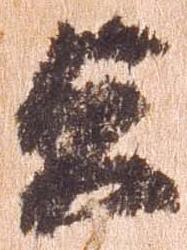
貞